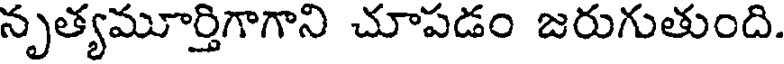
నృత్యమూర్తిగాగాని చూపడం జరుగుతుంది.